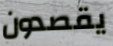
يقصدون